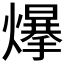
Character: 𤐲